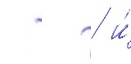
   и́